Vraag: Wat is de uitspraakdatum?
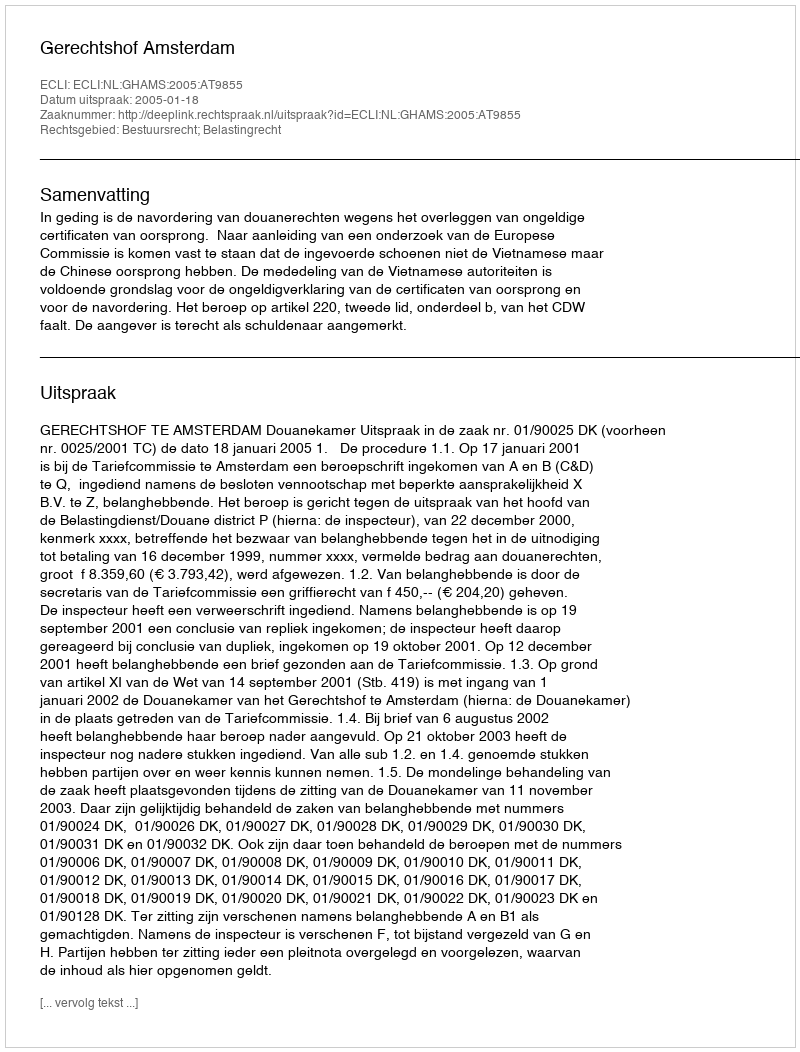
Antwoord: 2005-01-18